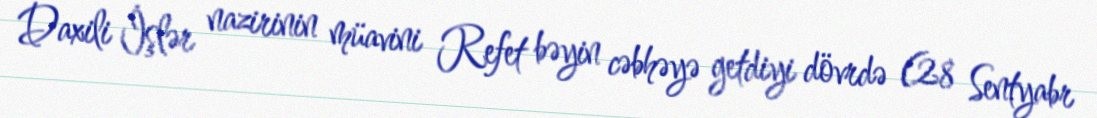
Daxili İşlər nazirinin müavini Refet bəyin cəbhəyə getdiyi dövrdə (28 Sentyabr